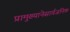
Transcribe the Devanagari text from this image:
प्रामुख्यानेसार्वजनिक